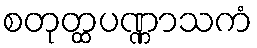
စတုတ္ထပဏ္ဏာသကံ